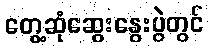
တွေ့ဆုံဆွေးနွေးပွဲတွင်